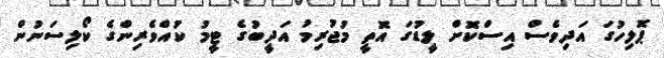
ޕޮލިހުގަ އަދިވެސް އިސްކޮށް ލީޑުގަ އޮތީ މުޖުރިމު އަދީބުގެ ޓީމު ކުއްވެރިންގެ ކޯލިސަނުން